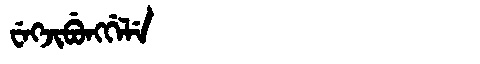
Manchu: ᠸᡝᡴᠵᡳᠪᡠᠩᡤᡝᠯᡝ
Romanization: WEKJIBUNGGELE